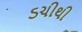
ડચીથી